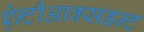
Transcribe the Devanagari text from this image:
ऐन्टीआक्सडन्ट